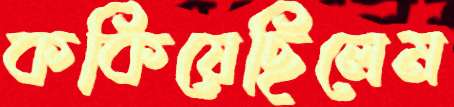
ককিয়েছিলেম